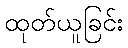
ထုတ်ယူခြင်း